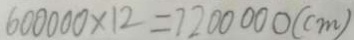
6 0 0 0 0 0 \times 1 2 = 7 2 0 0 0 0 0 ( c m )